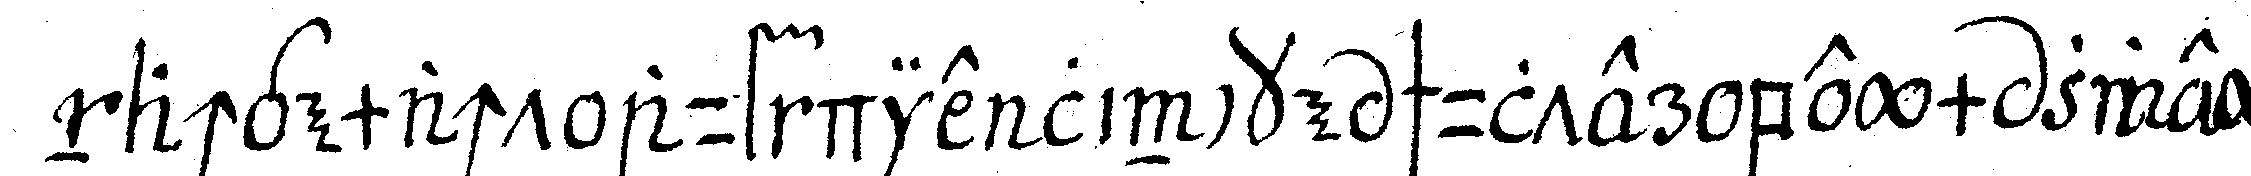
nachgemacht auf die lincke schulter beym zwey